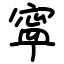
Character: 寜